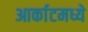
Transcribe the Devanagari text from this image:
आर्काटमध्ये